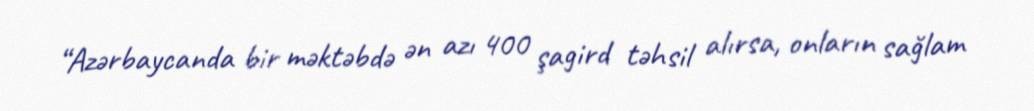
“Azərbaycanda bir məktəbdə ən azı 400 şagird təhsil alırsa, onların sağlam